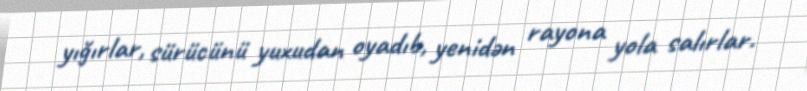
yığırlar, sürücünü yuxudan oyadıb, yenidən rayona yola salırlar.